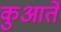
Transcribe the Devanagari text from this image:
कुआर्ते